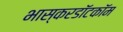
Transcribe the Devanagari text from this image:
भास्करडॉटकॉम